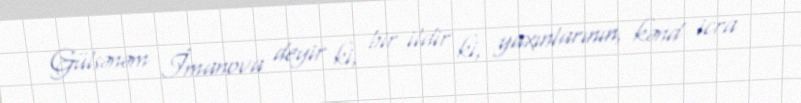
Gülsənəm İmanova deyir ki, bir ildir ki, yaxınlarının, kənd icra